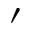
\prime